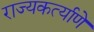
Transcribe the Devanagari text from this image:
राज्यकर्त्याणे